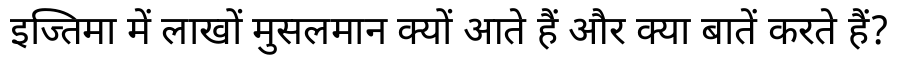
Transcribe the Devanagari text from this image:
इज्तिमा में लाखों मुसलमान क्यों आते हैं और क्या बातें करते हैं?